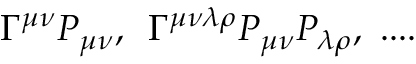
\Gamma ^ { \mu \nu } P _ { \mu \nu } , \, \, \, \Gamma ^ { \mu \nu \lambda \rho } P _ { \mu \nu } P _ { \lambda \rho } , \, \, . . . .